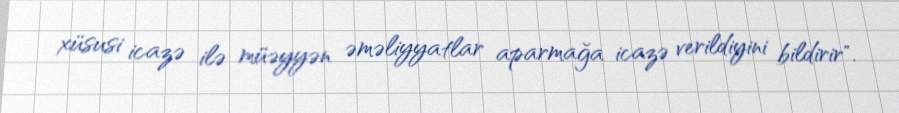
xüsusi icazə ilə müəyyən əməliyyatlar aparmağa icazə verildiyini bildirir".